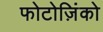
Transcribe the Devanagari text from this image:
फोटोज़िंको